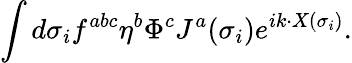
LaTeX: \int d\sigma_{i}f^{abc}\eta^{b}\Phi^{c}J^{a}(\sigma_{i})e^{ik\cdot X(\sigma_{i})}.